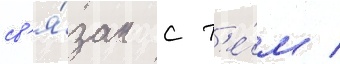
св'я́зан с т'е́м /